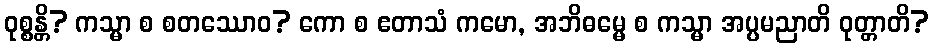
ဝုစ္စန္တိ? ကသ္မာ စ စတဿောဝ? ကော စ ဧတာသံ ကမော, အဘိဓမ္မေ စ ကသ္မာ အပ္ပမညာတိ ဝုတ္တာတိ?